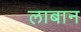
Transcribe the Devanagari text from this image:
लाबान